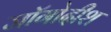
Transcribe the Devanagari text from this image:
जॉगोदीश